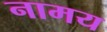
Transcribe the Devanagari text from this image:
नामय